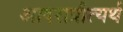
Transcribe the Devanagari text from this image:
आदराप्रीत्यर्थ